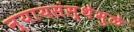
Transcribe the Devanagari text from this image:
न्यायसंस्थेमुळे